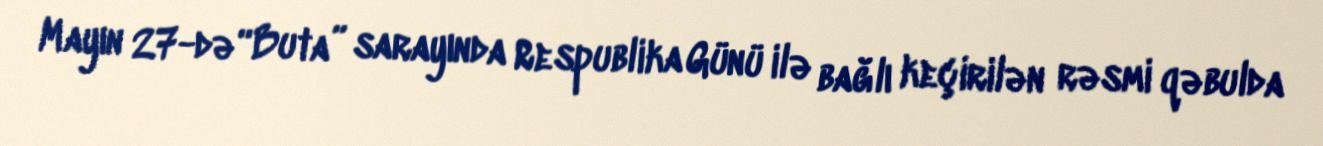
Mayın 27-də “Buta” sarayında Respublika Günü ilə bağlı keçirilən rəsmi qəbulda